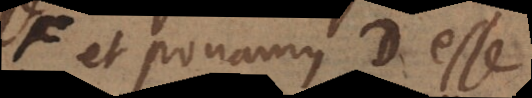
et ponamus D esse